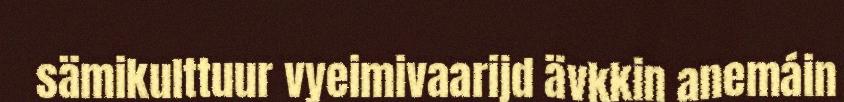
sämikulttuur vyeimivaarijd ävkkin anemáin